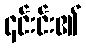
၎င်းင်း၏